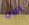
الان